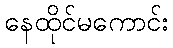
နေထိုင်မကောင်း